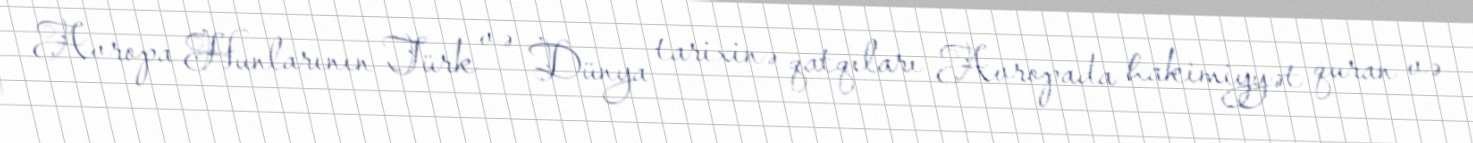
Avropa Hunlarının Türk və Dünya tarixinə qatqıları Avropada hakimiyyət quran və